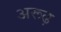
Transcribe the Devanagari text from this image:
अरूढ़